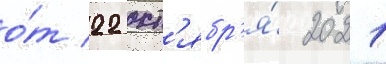
о́т 22 окт'ябр'я́ 2021